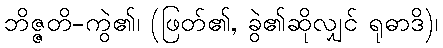
ဘိဇ္ဇတိ-ကွဲ၏၊ (ဖြတ်၏, ခွဲ၏ဆိုလျှင် ရုဓာဒိ)၊